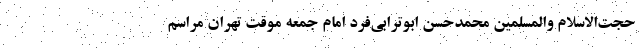
حجت‌الاسلام والمسلمین محمدحسن ابوترابی‌فرد امام جمعه موقت تهران مراسم